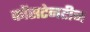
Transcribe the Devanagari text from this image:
कोंसटेनटीन